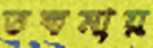
তকমায়